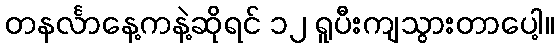
တနင်္လာနေ့ကနဲ့ဆိုရင် ၁၂ ရူပီးကျသွားတာပေါ့။